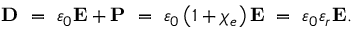
\mathbf { D } \ = \ \varepsilon _ { 0 } \mathbf { E } + \mathbf { P } \ = \ \varepsilon _ { 0 } \left( 1 + \chi _ { e } \right) \mathbf { E } \ = \ \varepsilon _ { 0 } \varepsilon _ { r } \mathbf { E } .